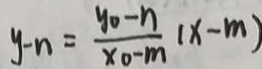
y - n = \frac { y _ { 0 } - n } { x _ { 0 } - m } ( x - m )